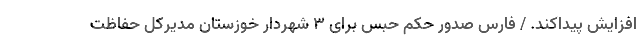
افزایش پیداکند. / فارس صدور حکم حبس برای ۳ شهردار خوزستان مدیرکل حفاظت